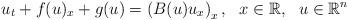
LaTeX: \begin{align*}u_t+f(u)_x+g(u)=\left(B(u)u_x\right)_x,~~x\in\mathbb{R},~~u\in\mathbb{R}^n\end{align*}